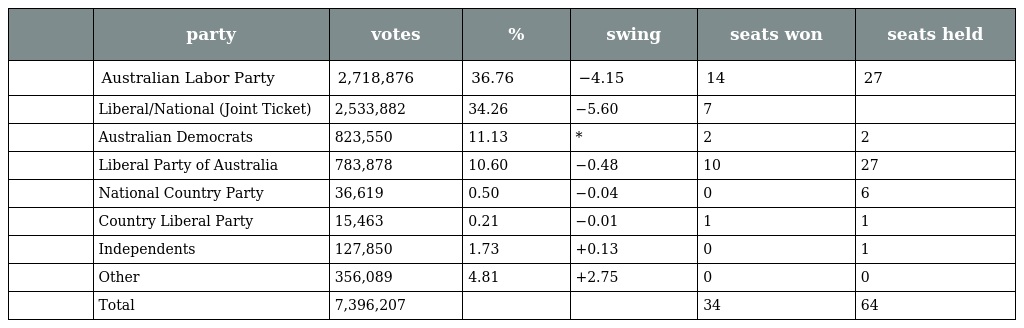
|  | party | votes | % | swing | seats won | seats held |
 | --- | --- | --- | --- | --- | --- | --- |
 |  | Australian Labor Party | 2,718,876 | 36.76 | −4.15 | 14 | 27 |
 |  | Liberal/National (Joint Ticket) | 2,533,882 | 34.26 | −5.60 | 7 |  |
 |  | Australian Democrats | 823,550 | 11.13 | * | 2 | 2 |
 |  | Liberal Party of Australia | 783,878 | 10.60 | −0.48 | 10 | 27 |
 |  | National Country Party | 36,619 | 0.50 | −0.04 | 0 | 6 |
 |  | Country Liberal Party | 15,463 | 0.21 | −0.01 | 1 | 1 |
 |  | Independents | 127,850 | 1.73 | +0.13 | 0 | 1 |
 |  | Other | 356,089 | 4.81 | +2.75 | 0 | 0 |
 |  | Total | 7,396,207 |  |  | 34 | 64 |